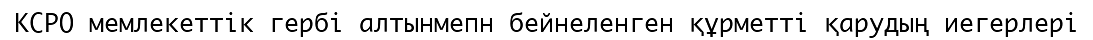
КСРО мемлекеттік гербі алтынмепн бейнеленген құрметті қарудың иегерлері